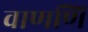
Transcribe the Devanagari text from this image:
वाणणि